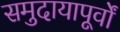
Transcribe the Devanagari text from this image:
समुदायापूर्वों